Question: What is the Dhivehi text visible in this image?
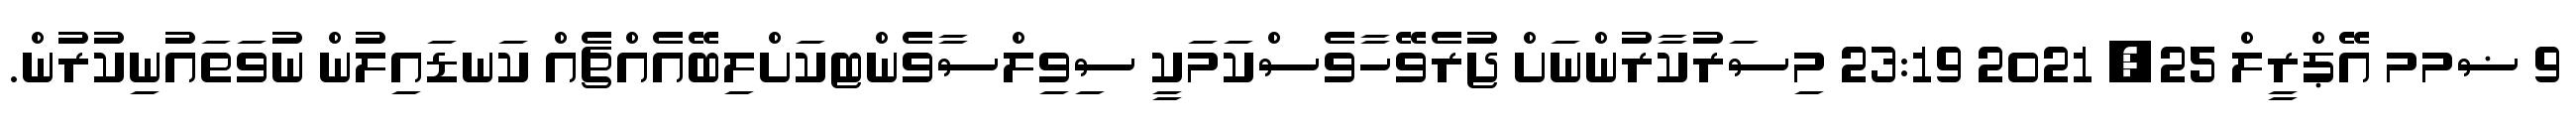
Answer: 9 ޟމމ އޭޕްރީލް 25, 2021 23:19 މިސަރުކާރުންނަށް ޖުރެވޭހާވެސްކަމަކީ ސިވިލްސާވެންޓކަށްލިބޭއެއްޗެއް ކަނޑައިލުން ނުވަތައުނިކުރުން.